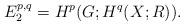
LaTeX: \begin{align*}E_2^{p,q}=H^p(G;H^q(X;R)).\end{align*}